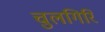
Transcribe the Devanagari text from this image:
चुलगिरि